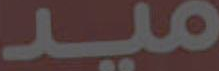
ميد